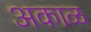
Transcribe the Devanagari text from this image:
अकाळ